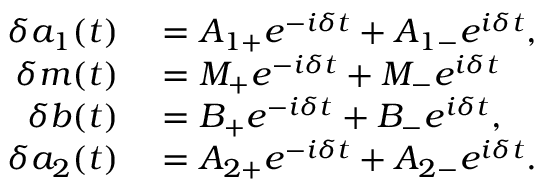
\begin{array} { r l } { \delta a _ { 1 } ( t ) } & { { } = A _ { 1 + } e ^ { - i \delta t } + A _ { 1 - } e ^ { i \delta t } , } \\ { \delta m ( t ) } & { { } = M _ { + } e ^ { - i \delta t } + M _ { - } e ^ { i \delta t } } \\ { \delta b ( t ) } & { { } = B _ { + } e ^ { - i \delta t } + B _ { - } e ^ { i \delta t } , } \\ { \delta a _ { 2 } ( t ) } & { { } = A _ { 2 + } e ^ { - i \delta t } + A _ { 2 - } e ^ { i \delta t } . } \end{array}